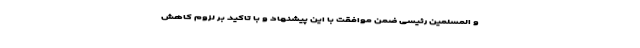
و المسلمین رئیسی ضمن موافقت با این پیشنهاد و با تاکید بر لزوم کاهش